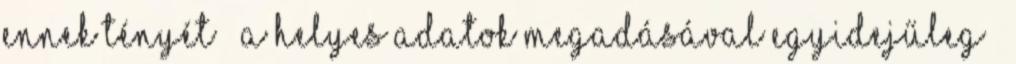
ennek tényét – a helyes adatok megadásával egyidejűleg –